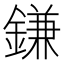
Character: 鎌